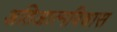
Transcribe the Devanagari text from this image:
अतिआत्मविश्वास